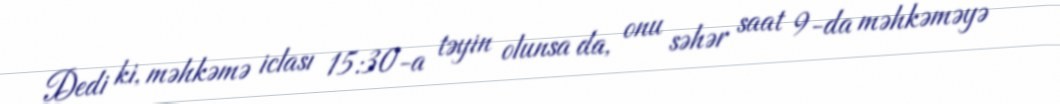
Dedi ki, məhkəmə iclası 15:30-a təyin olunsa da, onu səhər saat 9-da məhkəməyə